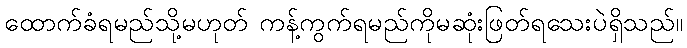
ထောက်ခံရမည်သို့မဟုတ် ကန့်ကွက်ရမည်ကိုမဆုံးဖြတ်ရသေးပဲရှိသည်။